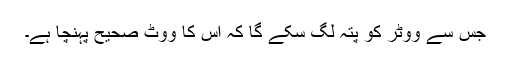
جس سے ووٹر کو پتہ لگ سکے گا کہ اس کا ووٹ صحیح پہنچا ہے۔